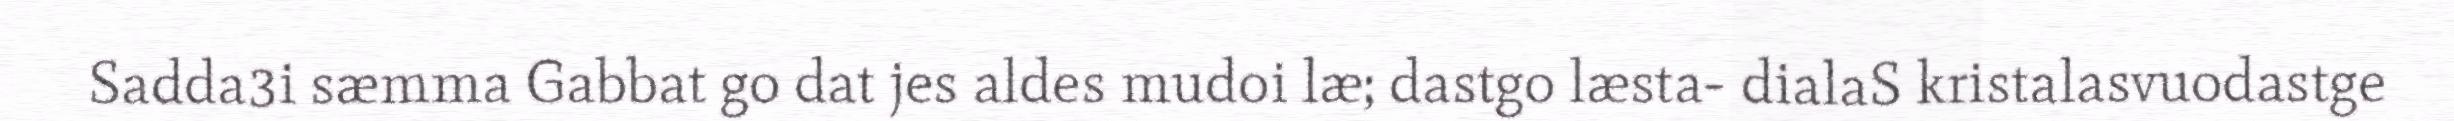
Sadda3i sæmma Gabbat go dat jes aldes mudoi læ; dastgo læsta- dialaS kristalasvuodastge